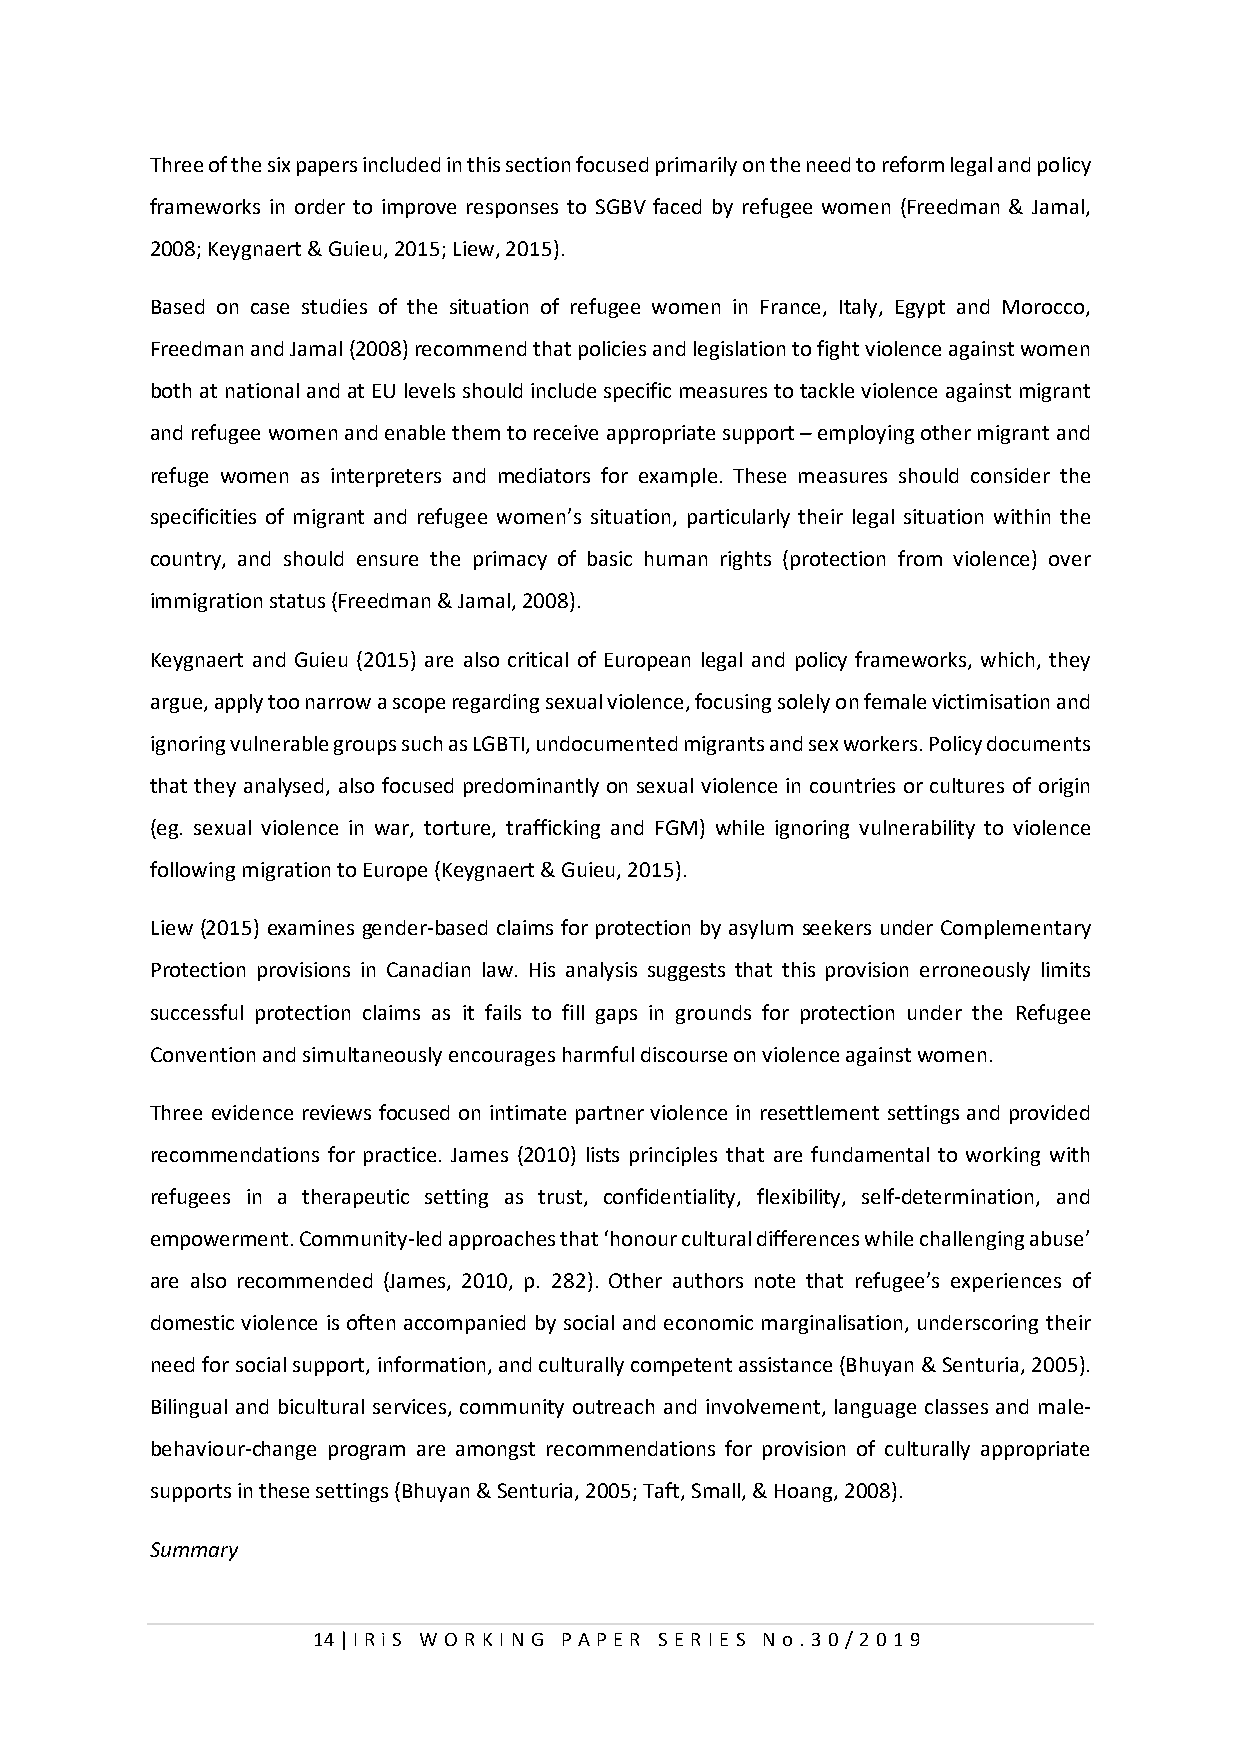
Three of the six papers included in this section focused primarily on the need to reform legal and policy
 frameworks in order to improve responses to SGBV faced by refugee women (Freedman & Jamal,
 2008; Keygnaert & Guieu, 2015; Liew, 2015).
 Based on case studies of the situation of refugee women in France, Italy, Egypt and Morocco,
 Freedman and Jamal (2008) recommend that policies and legislation to fight violence against women
 both at national and at EU levels should include specific measures to tackle violence against migrant
 and refugee women and enable them to receive appropriate support – employing other migrant and
 refuge women as interpreters and mediators for example. These measures should consider the
 specificities of migrant and refugee women’s situation, particularly their legal situation within the
 country, and should ensure the primacy of basic human rights (protection from violence) over
 immigration status (Freedman & Jamal, 2008).
 Keygnaert and Guieu (2015) are also critical of European legal and policy frameworks, which, they
 argue, apply too narrow a scope regarding sexual violence, focusing solely on female victimisation and
 ignoring vulnerable groups such as LGBTI, undocumented migrants and sex workers. Policy documents
 that they analysed, also focused predominantly on sexual violence in countries or cultures of origin
 (eg. sexual violence in war, torture, trafficking and FGM) while ignoring vulnerability to violence
 following migration to Europe (Keygnaert & Guieu, 2015).
 Liew (2015) examines gender-based claims for protection by asylum seekers under Complementary
 Protection provisions in Canadian law. His analysis suggests that this provision erroneously limits
 successful protection claims as it fails to fill gaps in grounds for protection under the Refugee
 Convention and simultaneously encourages harmful discourse on violence against women.
 Three evidence reviews focused on intimate partner violence in resettlement settings and provided
 recommendations for practice. James (2010) lists principles that are fundamental to working with
 refugees in a therapeutic setting as trust, confidentiality, flexibility, self-determination, and
 empowerment. Community-led approaches that ‘honour cultural differences while challenging abuse’
 are also recommended (James, 2010, p. 282). Other authors note that refugee’s experiences of
 domestic violence is often accompanied by social and economic marginalisation, underscoring their
 need for social support, information, and culturally competent assistance (Bhuyan & Senturia, 2005).
 Bilingual and bicultural services, community outreach and involvement, language classes and male-
 behaviour-change program are amongst recommendations for provision of culturally appropriate
 supports in these settings (Bhuyan & Senturia, 2005; Taft, Small, & Hoang, 2008).
 Summary
 14 | I RiS W O RKI N G P AP E R SE RI E S N o . 30/201 9